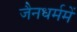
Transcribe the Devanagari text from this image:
जैनधर्ममें